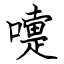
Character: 嚏